Annual statistical returns and brief notes on vaccination in Bengal - 1909-1929
Year: 1909
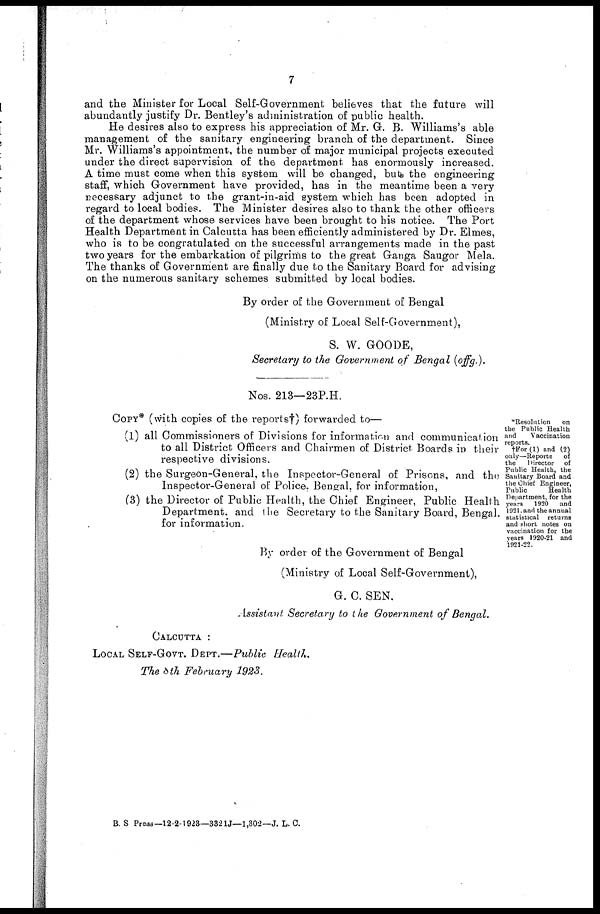
7
and the Minister for Local Self-Government believes that the future will
abundantly justify Dr. Bentley's administration of public health.
He desires also to express his appreciation of Mr. G. B. Williams's able
management of the sanitary engineering branch of the department. Since
Mr. Williams's appointment, the number of major municipal projects executed
under the direct supervision of the department has enormously increased.
A time must come when this system will be changed, but the engineering
staff, which Government have provided, has in the meantime been a very
necessary adjunct to the grant-in-aid system which has been adopted in
regard to local bodies. The Minister desires also to thank the other officers
of the department whose services have been brought to his notice. The Port
Health Department in Calcutta has been efficiently administered by Dr. Elmes,
who is to be congratulated on the successful arrangements made in the past
two years for the embarkation of pilgrims to the great Ganga Saugor Mela.
The thanks of Government are finally due to the Sanitary Board for advising
on the numerous sanitary schemes submitted by local bodies.
By order of the Government of Bengal
(Ministry of Local Self-Government),
S. W. GOODE,
Secretary to the Government of Bengal (offg.).
Nos. 213—23P.H.
*Resolution
on
the Public Health
and
Vaccination
reports.
†For(1) and (2)
only—Reports of
the
Director of
Public Health, the
Sanitary Board and
the Chief Engineer,
Public
Health
Department, for the
years 1920 and
1921. and the annual
statistical returns
and short notes on
vaccination for the
years 1920-21 and
1921-22.
COPY* (with copies of the reports†) forwarded to—
(1) all Commissioners of Divisions for information and communication
to all District Officers and Chairmen of District Boards in their
respective divisions.
(2) the Surgeon-General, the Inspector-General of Prisons, and the
Inspector-General of Police, Bengal, for information,
(3) the Director of Public Health, the Chief Engineer, Public Health
Department. and the Secretary to the Sanitary Board, Bengal.
for information.
By order of the Government of Bengal
(Ministry of Local Self-Government),
G. C. SEN.
Assistant Secretary to the Government of Bengal.
CALCUTTA :
LOCAL SELF-GOVT. DEPT.—Public Health,
The 8 th February 1923.
B. S. Press—12-2-1923—332 1J—1,302—J. L. C.